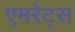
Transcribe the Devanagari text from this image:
एमरेट्स